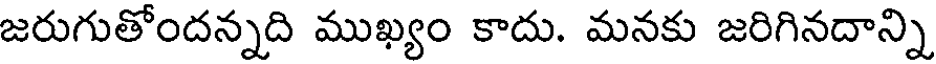
జరుగుతోందన్నది ముఖ్యం కాదు. మనకు జరిగినదాన్ని